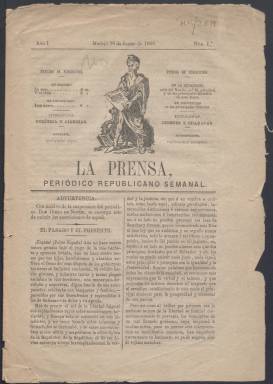
Título: La Prensa (Madrid. 1869)
Colección: Periódicos
Ámbito geográfico: Madrid
Lugar de publicación: Madrid
Fechas: 20/01/1869-20/01/1869